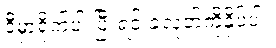
ဒီမှာရိုက်ပါ ပြီးရင် ခလုတ်ကိုနှိပ်ပါ။